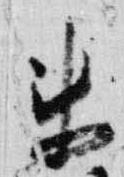
来